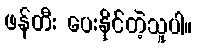
ဖန်တီး ပေးနိုင်တဲ့သူပါ။